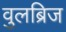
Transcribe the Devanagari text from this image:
वुलब्रिज